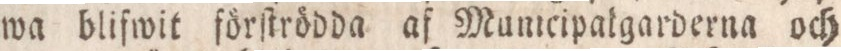
wa blifwit förſtrödda af Mumcipalgarderna och